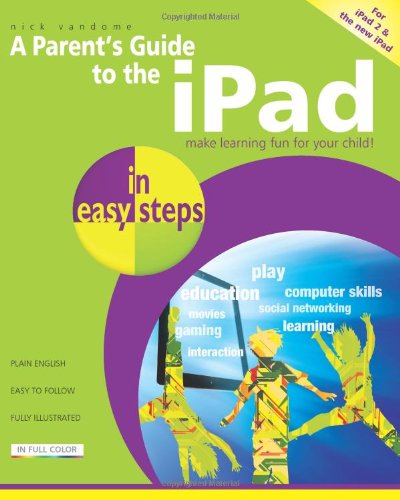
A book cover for A Parent's Guide to the iPad: Make Learning Fun for Your Child (In Easy Steps); Nick Vandome; Children's Books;